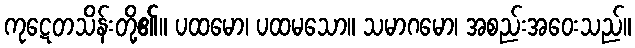
ကုဋေတသိန်းတို့၏။ ပထမော၊ ပထမသော။ သမာဂမော၊ အစည်းအဝေးသည်။